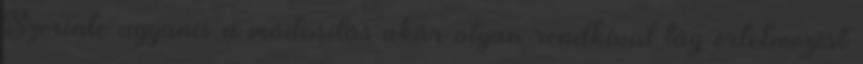
Szerinte ugyanis a módosítás akár olyan rendkívül tág értelmezést